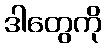
ဒါတွေကို